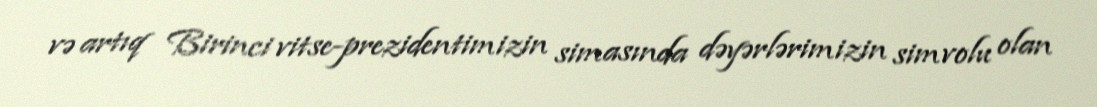
və artıq Birinci vitse-prezidentimizin simasında dəyərlərimizin simvolu olan